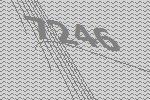
7246